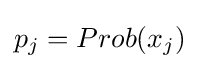
p_{j}=Prob({x_{j}})